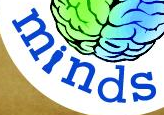
minds